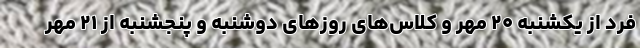
فرد از یکشنبه ۲۰ مهر و کلاس‌های روزهای دوشنبه و پنجشنبه از ۲۱ مهر